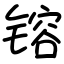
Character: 镕